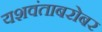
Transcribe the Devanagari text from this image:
यशवंताबरोबर